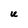
Character: U